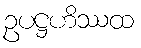
ဥပဋ္ဌဟိဿထ